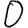
Digit: 0